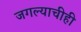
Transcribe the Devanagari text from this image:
जगल्याचीही